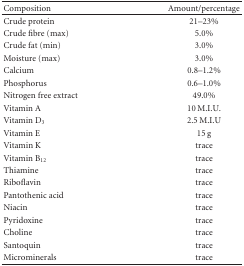
<table><thead><tr><td><b>Composition</b></td><td><b>Amount/percentage</b></td></tr></thead><tbody><tr><td>Crude protein</td><td>21–23%</td></tr><tr><td>Crude fibre (max)</td><td>5.0%</td></tr><tr><td>Crude fat (min)</td><td>3.0%</td></tr><tr><td>Moisture (max)</td><td>3.0%</td></tr><tr><td>Calcium</td><td>0.8–1.2%</td></tr><tr><td>Phosphorus</td><td>0.6–1.0%</td></tr><tr><td>Nitrogen free extract</td><td>49.0%</td></tr><tr><td>Vitamin A</td><td>10 M.I.U.</td></tr><tr><td>Vitamin D<sub>3</sub></td><td>2.5 M.I.U</td></tr><tr><td>Vitamin E</td><td>15 g</td></tr><tr><td>Vitamin K</td><td>trace</td></tr><tr><td>Vitamin B<sub>12</sub></td><td>trace</td></tr><tr><td>Thiamine</td><td>trace</td></tr><tr><td>Riboflavin</td><td>trace</td></tr><tr><td>Pantothenic acid</td><td>trace</td></tr><tr><td>Niacin</td><td>trace</td></tr><tr><td>Pyridoxine</td><td>trace</td></tr><tr><td>Choline</td><td>trace</td></tr><tr><td>Santoquin</td><td>trace</td></tr><tr><td>Microminerals</td><td>trace</td></tr></tbody></table>